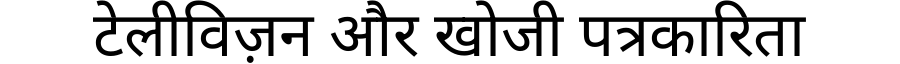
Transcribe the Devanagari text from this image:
टेलीविज़न और खोजी पत्रकारिता